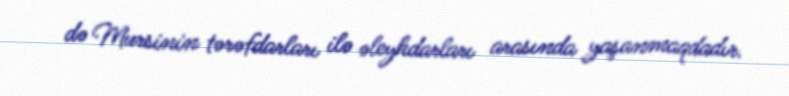
də Mursinin tərəfdarları ilə əleyhdarları arasında yaşanmaqdadır.